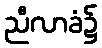
ညီလာခံ၌